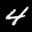
Label: 4